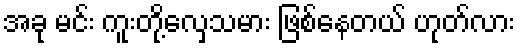
အခု မင်း ကူးတို့လှေသမား ဖြစ်နေတယ် ဟုတ်လား